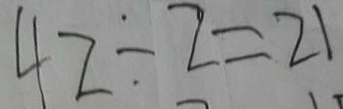
4 2 \div 2 = 2 1